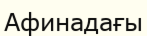
Афинадағы